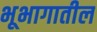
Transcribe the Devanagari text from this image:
भूभागातील